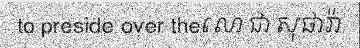
to preside over theលោ ជា សុផារ៉ា